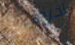
اخرجت